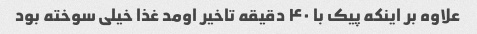
علاوه بر اینکه پیک با ۴۰ دقیقه تاخیر اومد غذا خیلی سوخته بود